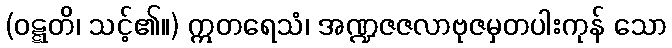
(ဝဋ္ဋတိ၊ သင့်၏။) ဣတရေသံ၊ အဏ္ဍဇဇလာဗုဇမှတပါးကုန် သော